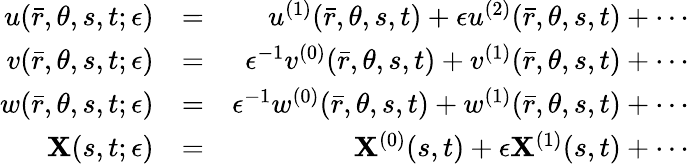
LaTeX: \begin{array}{rlr}{u(\bar{r},\theta,s,t;\epsilon)}&{=}&{u^{(1)}(\bar{r},\theta,s,t)+\epsilon u^{(2)}(\bar{r},\theta,s,t)+\cdots}\\ {v(\bar{r},\theta,s,t;\epsilon)}&{=}&{\epsilon^{-1}v^{(0)}(\bar{r},\theta,s,t)+v^{(1)}(\bar{r},\theta,s,t)+\cdots}\\ {w(\bar{r},\theta,s,t;\epsilon)}&{=}&{\epsilon^{-1}w^{(0)}(\bar{r},\theta,s,t)+w^{(1)}(\bar{r},\theta,s,t)+\cdots}\\ {\mathbf{X}(s,t;\epsilon)}&{=}&{\mathbf{X}^{(0)}(s,t)+\epsilon\mathbf{X}^{(1)}(s,t)+\cdots}\end{array}